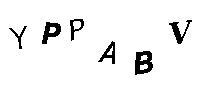
YPPABV